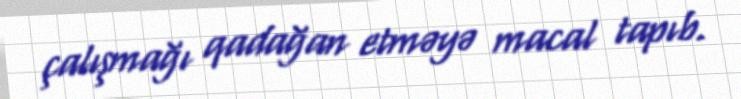
çalışmağı qadağan etməyə macal tapıb.